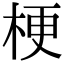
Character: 梗